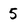
Character: 5